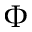
\boldsymbol \Phi